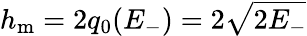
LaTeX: h_{\mathrm{m}}=2q_{0}(E_{-})=2\sqrt{2E_{-}}